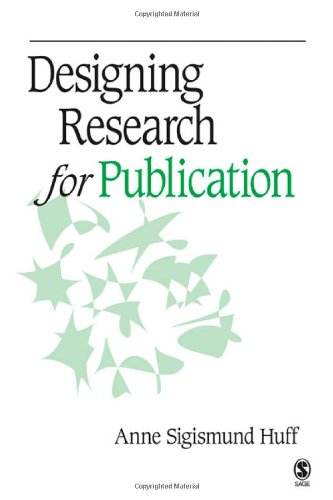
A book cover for Designing Research for Publication; Politics & Social Sciences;